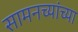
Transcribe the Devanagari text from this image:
सामनच्यांच्या